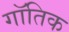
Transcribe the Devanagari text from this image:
गॉतिक